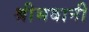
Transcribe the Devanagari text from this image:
श्रीभवानी